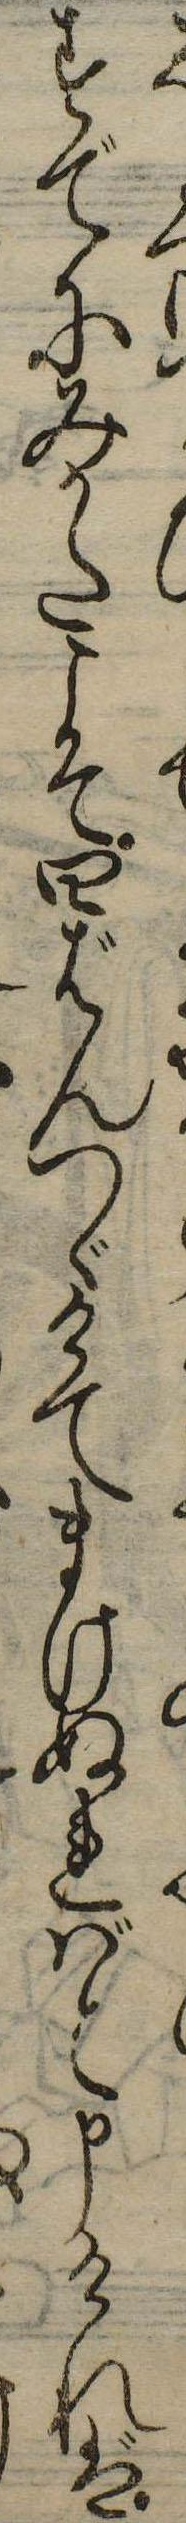
すでにみかたよて四ばんつゞけてまけぬればと申ければ